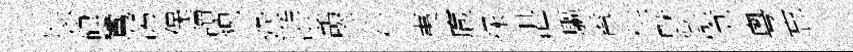
毖硉鸞㵼保讀貌鞏㳺鹢等仁夷庖探湛驅盍供默滸覔粵忘